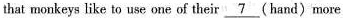
that monkeys like to use one of their\underline{7}(hand)more